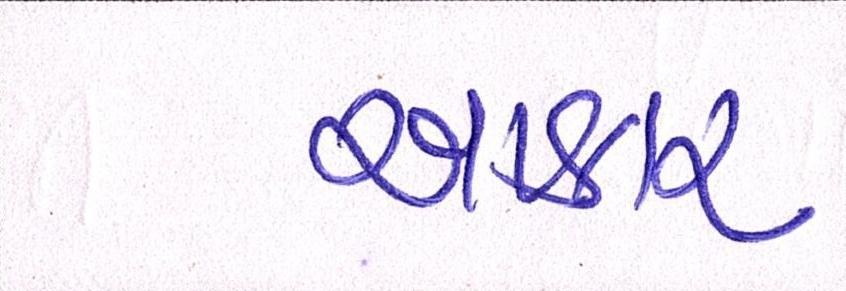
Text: આકાર